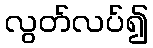
လွတ်လပ်၍